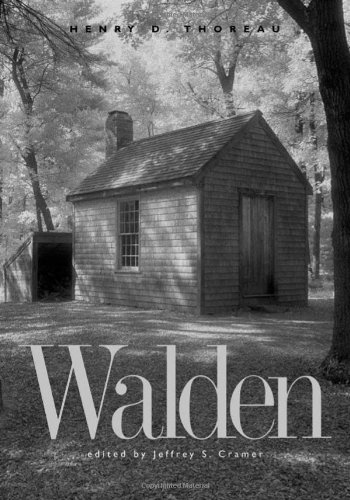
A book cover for Walden: A Fully Annotated Edition; Henry D. Thoreau; Science & Math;